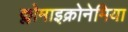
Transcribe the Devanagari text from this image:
क्लोमाइक्रोनेमिया